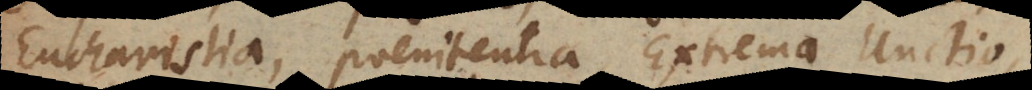
Eucharistia, Poenitentia, Extrema Unctio,